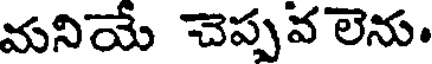
మనియే చెప్పవ లెను.